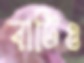
বাটিও